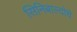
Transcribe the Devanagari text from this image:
सिनिबाल्दोचे